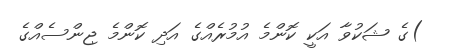
)ގެ ޝަކުވާ އަކީ ކޮންމެ އުމުރެއްގެ އަދި ކޮންމެ ޖިންސެއްގެ